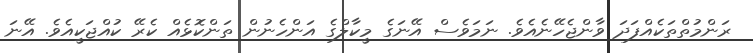
ރަންމުތްތަކެއްފަދަ ވާންޖެހޭނެއެވެ. ނަމަވެސް އޭނަގެ މީކާލްގެ އަންހެނުން ތަންކޮޅެއް ކެރޭ ކުއްޖަކީއެވެ. އޭނަ